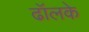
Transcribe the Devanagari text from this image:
ढॉलके